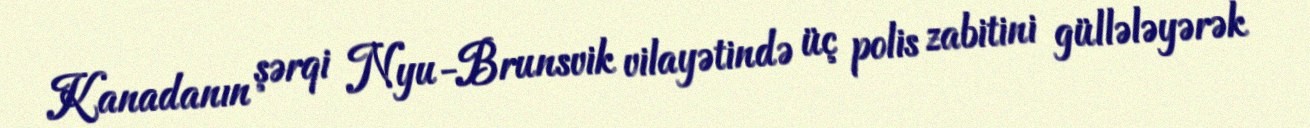
Kanadanın şərqi Nyu-Brunsvik vilayətində üç polis zabitini güllələyərək